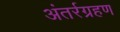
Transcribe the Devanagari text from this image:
अंतर्रग्रहण